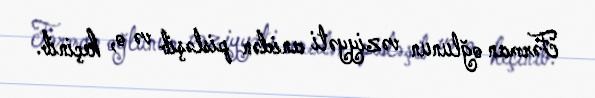
Fərman oğlunun vəziyyəti anidən pisləşib və o, keçinib.